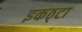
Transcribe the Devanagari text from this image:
इकठ्‌टा